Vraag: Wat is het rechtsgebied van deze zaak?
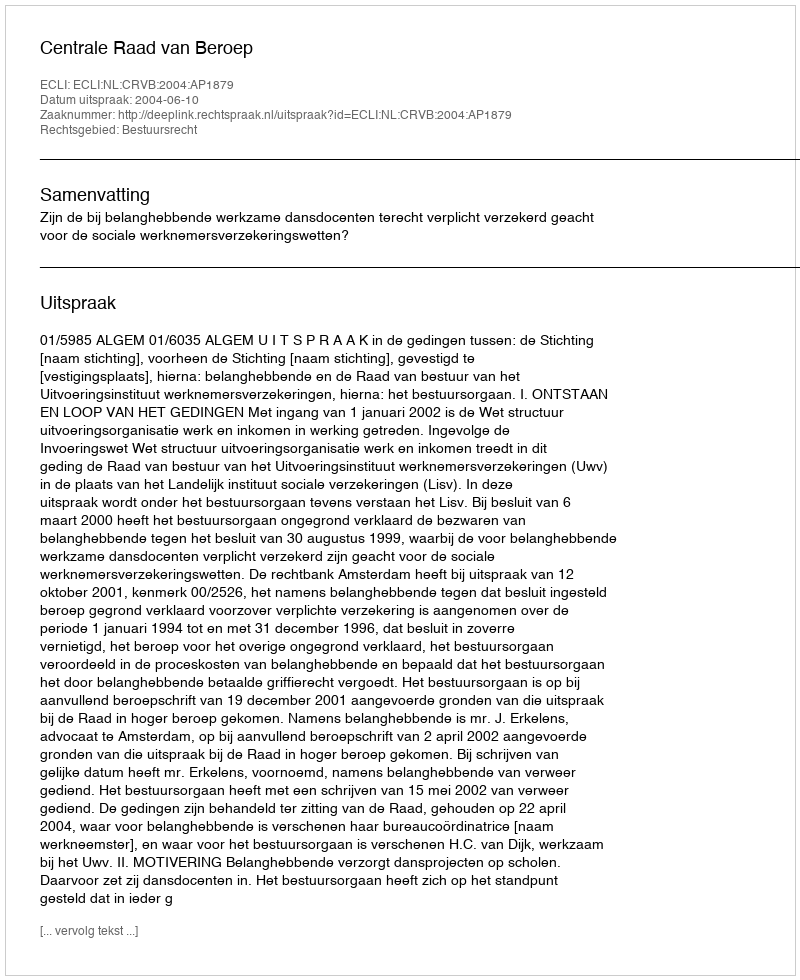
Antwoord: Bestuursrecht